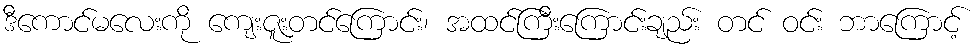
ဒီကောင်မလေးကို ကျေးဇူးတင်ကြောင်း၊ အထင်ကြီးကြောင်းချည်း တင် ဝင်း ဘာကြောင့်